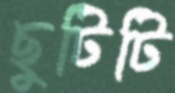
ছুটিটি